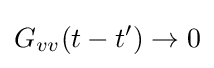
G_{vv}(t-t')\to 0